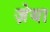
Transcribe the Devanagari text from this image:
ज़ेया